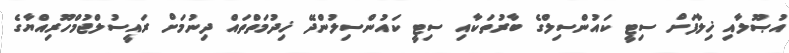
އުޞޫލާއި ޚިލާފަށް ސިޓީ ކައުންސިލްގެ ބާރުތަކާއި ސިޓީ ކައުންސިލުންދޭ ޚިދުމަތްތައް ދިނުމަށް ރައީސުލްޖުމްހޫރިއްޔާގެ